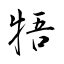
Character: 牾